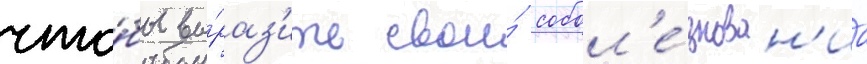
что́бы вы́раз'ить свои́ собол'е́знован'иа